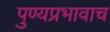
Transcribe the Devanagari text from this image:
पुण्यप्रभावाच